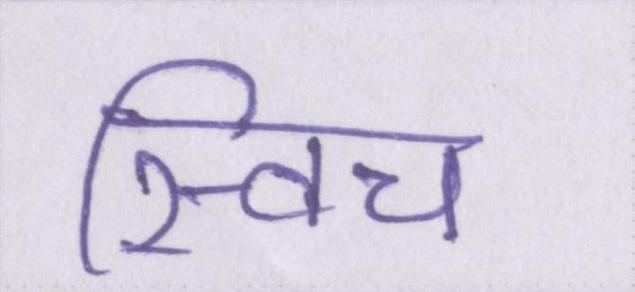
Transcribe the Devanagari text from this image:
स्विच